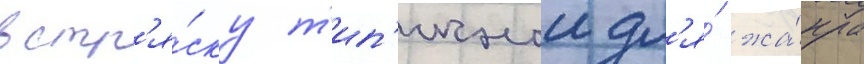
встр'я́ску т'ип'ичнои дл'я́ жа́нра